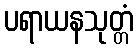
ပရာယနသုတ္တံ